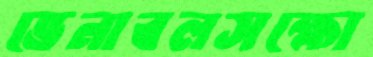
ভেনাবলসক্ষো